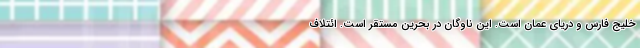
خلیج فارس و دریای عمان است. این ناوگان در بحرین مستقر است. ائتلاف